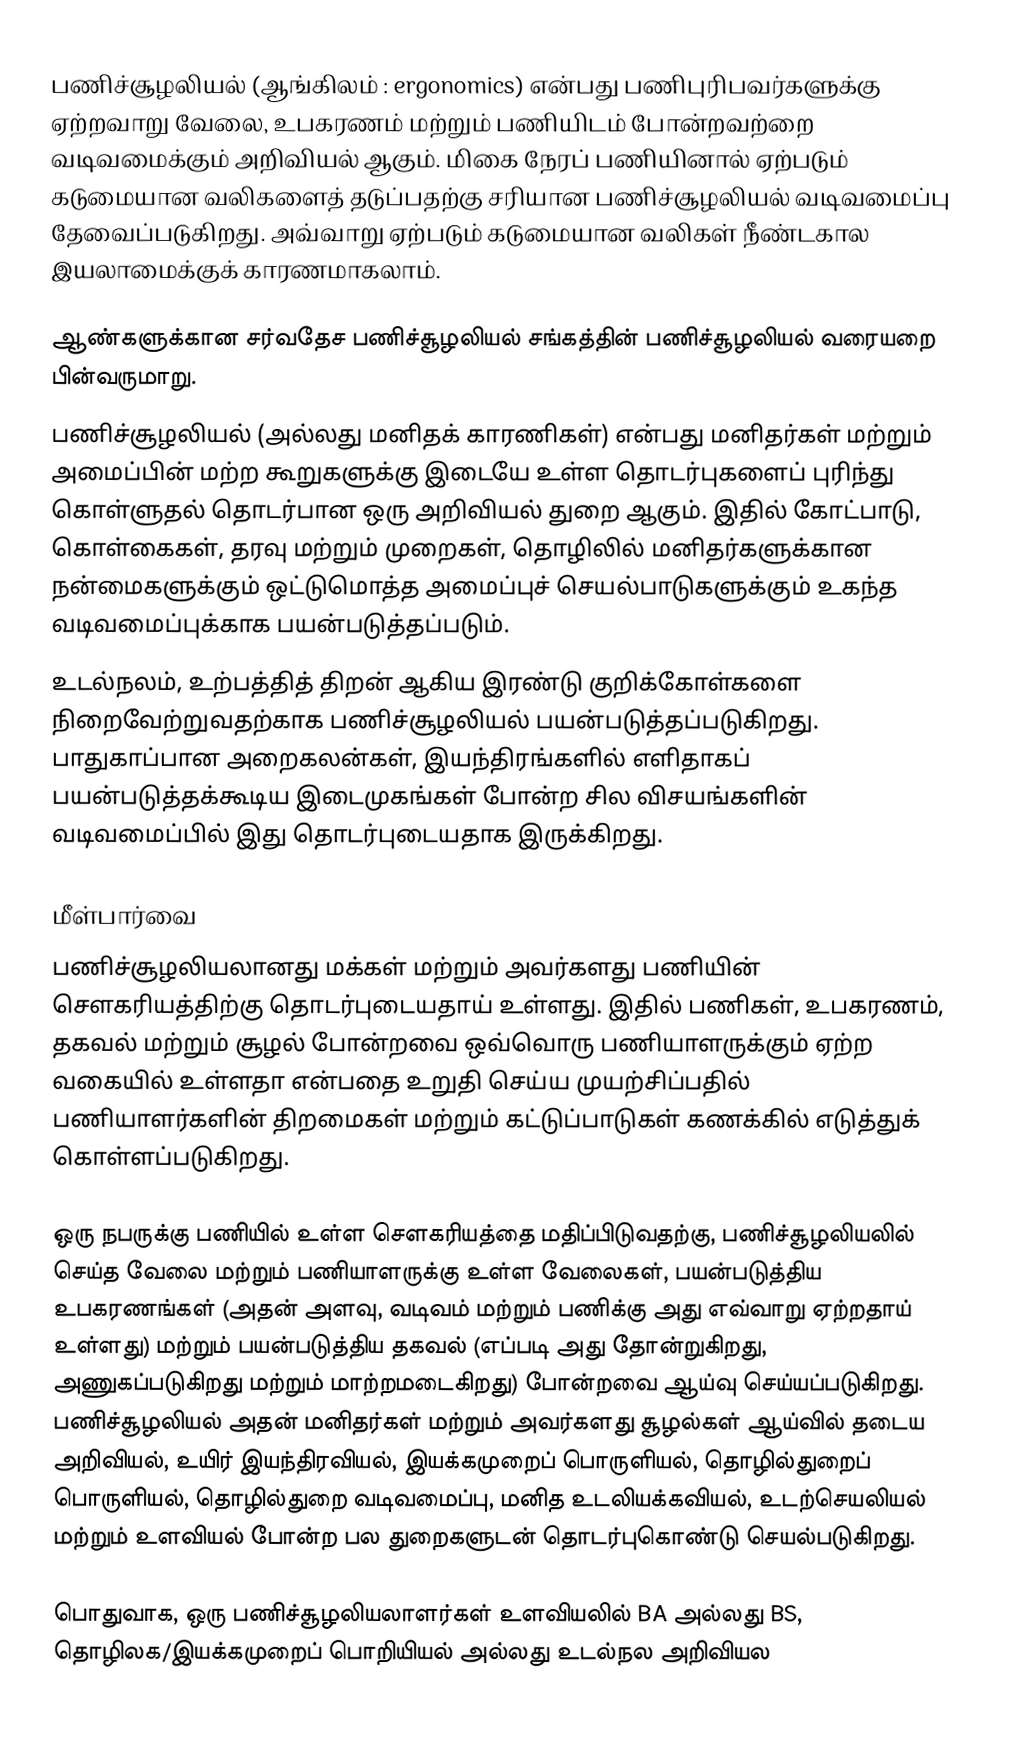
பணிச்சூழலியல் (ஆங்கிலம் : ergonomics) என்பது பணிபுரிபவர்களுக்கு ஏற்றவாறு வேலை, உபகரணம் மற்றும் பணியிடம் போன்றவற்றை வடிவமைக்கும் அறிவியல் ஆகும். மிகை நேரப் பணியினால் ஏற்படும் கடுமையான வலிகளைத் தடுப்பதற்கு சரியான பணிச்சூழலியல் வடிவமைப்பு தேவைப்படுகிறது. அவ்வாறு ஏற்படும் கடுமையான வலிகள் நீண்டகால இயலாமைக்குக் காரணமாகலாம்.

ஆண்களுக்கான சர்வதேச பணிச்சூழலியல் சங்கத்தின் பணிச்சூழலியல் வரையறை பின்வருமாறு.
பணிச்சூழலியல் (அல்லது மனிதக் காரணிகள்) என்பது மனிதர்கள் மற்றும் அமைப்பின் மற்ற கூறுகளுக்கு இடையே உள்ள தொடர்புகளைப் புரிந்து கொள்ளுதல் தொடர்பான ஒரு அறிவியல் துறை ஆகும். இதில் கோட்பாடு, கொள்கைகள், தரவு மற்றும் முறைகள், தொழிலில் மனிதர்களுக்கான நன்மைகளுக்கும் ஒட்டுமொத்த அமைப்புச் செயல்பாடுகளுக்கும் உகந்த வடிவமைப்புக்காக பயன்படுத்தப்படும்.
உடல்நலம், உற்பத்தித் திறன் ஆகிய இரண்டு குறிக்கோள்களை நிறைவேற்றுவதற்காக பணிச்சூழலியல் பயன்படுத்தப்படுகிறது. பாதுகாப்பான அறைகலன்கள், இயந்திரங்களில் எளிதாகப் பயன்படுத்தக்கூடிய இடைமுகங்கள் போன்ற சில விசயங்களின் வடிவமைப்பில் இது தொடர்புடையதாக இருக்கிறது.

மீள்பார்வை
பணிச்சூழலியலானது மக்கள் மற்றும் அவர்களது பணியின் செளகரியத்திற்கு தொடர்புடையதாய் உள்ளது. இதில் பணிகள், உபகரணம், தகவல் மற்றும் சூழல் போன்றவை ஒவ்வொரு பணியாளருக்கும் ஏற்ற வகையில் உள்ளதா என்பதை உறுதி செய்ய முயற்சிப்பதில் பணியாளர்களின் திறமைகள் மற்றும் கட்டுப்பாடுகள் கணக்கில் எடுத்துக் கொள்ளப்படுகிறது.

ஒரு நபருக்கு பணியில் உள்ள செளகரியத்தை மதிப்பிடுவதற்கு, பணிச்சூழலியலில் செய்த வேலை மற்றும் பணியாளருக்கு உள்ள வேலைகள், பயன்படுத்திய உபகரணங்கள் (அதன் அளவு, வடிவம் மற்றும் பணிக்கு அது எவ்வாறு ஏற்றதாய் உள்ளது) மற்றும் பயன்படுத்திய தகவல் (எப்படி அது தோன்றுகிறது, அணுகப்படுகிறது மற்றும் மாற்றமடைகிறது) போன்றவை ஆய்வு செய்யப்படுகிறது. பணிச்சூழலியல் அதன் மனிதர்கள் மற்றும் அவர்களது சூழல்கள் ஆய்வில் தடைய அறிவியல், உயிர் இயந்திரவியல், இயக்கமுறைப் பொருளியல், தொழில்துறைப் பொருளியல், தொழில்துறை வடிவமைப்பு, மனித உடலியக்கவியல், உடற்செயலியல் மற்றும் உளவியல் போன்ற பல துறைகளுடன் தொடர்புகொண்டு செயல்படுகிறது.

பொதுவாக, ஒரு பணிச்சூழலியலாளர்கள் உளவியலில் BA அல்லது BS, தொழிலக/இயக்கமுறைப் பொறியியல் அல்லது உடல்நல அறிவியல